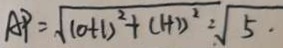
A P = \sqrt { ( 0 + 1 ) ^ { 2 } + ( 1 + 1 ) ^ { 2 } } = \sqrt { 5 } .